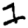
Digit: 1